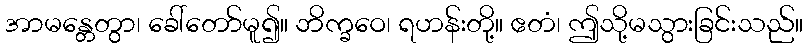
အာမန္တေတွာ၊ ခေါ်တော်မူ၍။ ဘိက္ခဝေ၊ ရဟန်းတို့။ ဧတံ၊ ဤသို့မသွားခြင်းသည်။